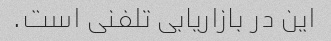
این در بازاریابی تلفنی است.